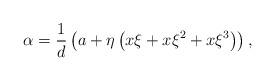
LaTeX: \begin{align*}\alpha=\frac{1}{d}\left( a+\eta\left( x\xi+x\xi^{2}+x\xi^{3}\right)\right) ,\end{align*}